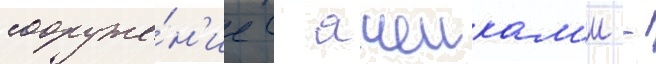
сооруже́н'ие с ячеикам'и -